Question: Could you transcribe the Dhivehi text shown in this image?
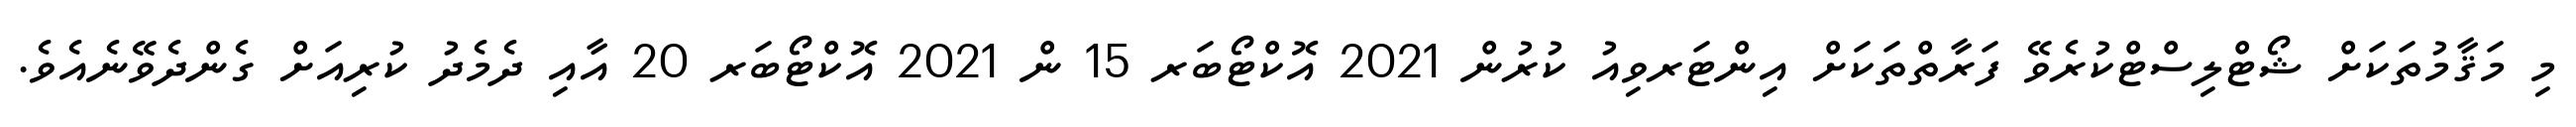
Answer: މި މަޤާމުތަކަށް ޝޯޓްލިސްޓްކުރެވޭ ފަރާތްތަކަށް އިންޓަރވިއު ކުރުން 2021 އޮކްޓޯބަރ 15 ން 2021 އޮކްޓޯބަރ 20 އާއި ދެމެދު ކުރިއަށް ގެންދެވޭނެއެވެ.